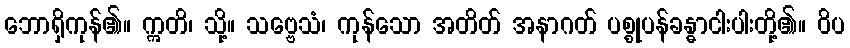
ဘောရှိကုန်၏။ ဣတိ၊ သို့။ သဗ္ဗေသံ၊ ကုန်သော အတိတ် အနာဂတ် ပစ္စုပန်ခန္ဓာငါးပါးတို့၏။ ဝိပ